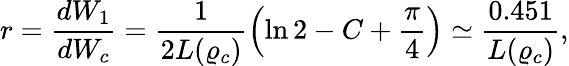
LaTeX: \displaystyle{r=\frac{dW_{1}}{dW_{c}}=\frac{1}{2L(\varrho_{c})}\left(\ln 2-C+\frac{\pi}{4}\right)\simeq\frac{0.451}{L(\varrho_{c})}},